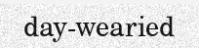
day-wearied